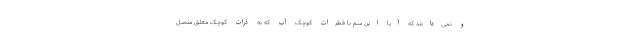
و نمی‌دانند که آیا این سم با قطرات کوچک آب که به ذرات کوچک معلق متصل